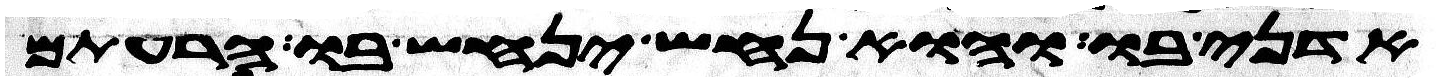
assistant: אדני בו והוא נחש ינחש בו הרעתם